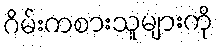
ဂိမ်းကစားသူများကို